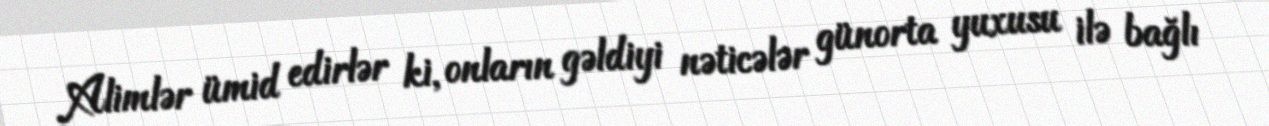
Alimlər ümid edirlər ki, onların gəldiyi nəticələr günorta yuxusu ilə bağlı